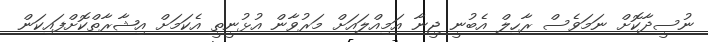
ނުސީދާކޮށް ނަމަވެސް ރާހިލް އެބުނީ ޖީނާ އަމިއްލައަށް މަރުވާން އުޅުނީތީ އެކަމަށް އިޝާރާތްކޮށްފައިކަން